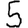
Digit: 5